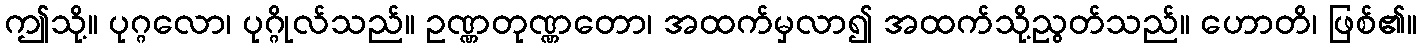
ဤသို့။ ပုဂ္ဂလော၊ ပုဂ္ဂိုလ်သည်။ ဥဏ္ဏတုဏ္ဏတော၊ အထက်မှလာ၍ အထက်သို့ညွတ်သည်။ ဟောတိ၊ ဖြစ်၏။